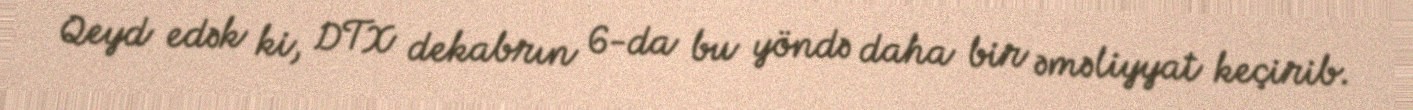
Qeyd edək ki, DTX dekabrın 6-da bu yöndə daha bir əməliyyat keçirib.